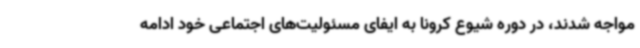
مواجه شدند، در دوره شیوع کرونا به ایفای مسئولیت‌های اجتماعی خود ادامه